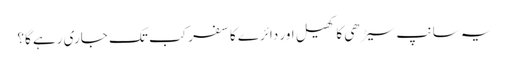
یہ سانپ سیڑھی کا کھیل اور دائرے کا سفر کب تک جاری رہے گا؟